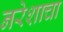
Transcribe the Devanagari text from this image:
नरेशाचा